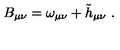
B _ { \mu \nu } = \omega _ { \mu \nu } + \tilde { h } _ { \mu \nu } \ .